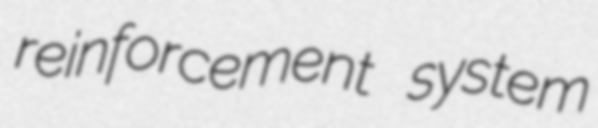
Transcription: reinforcement system